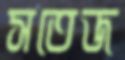
সতেজ